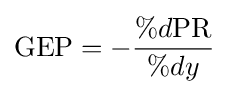
\mathrm {GEP} =-{\frac {\%d\mathrm {PR} }{\%dy}}